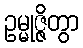
ဥမ္မုဇ္ဇိတွာ